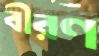
বীরণ